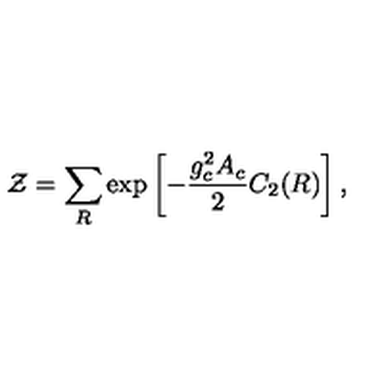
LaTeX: { \cal Z } = \sum _ { R } \exp \left[ - { \frac { g _ { c } ^ { 2 } A _ { c } } { 2 } } C _ { 2 } ( R ) \right] ,